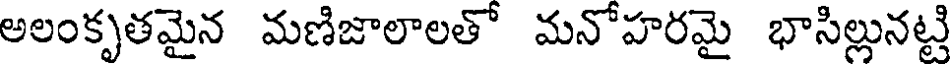
అలంకృతమైన మణిజాలాలతో మనోహరమై భాసిల్లునట్టి